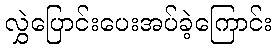
လွှဲပြောင်းပေးအပ်ခဲ့ကြောင်း